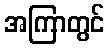
အကြာတွင်